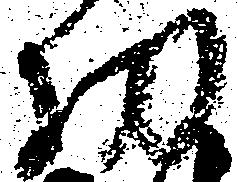
功